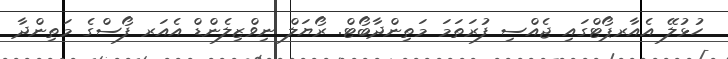
ހުޅުލޭ އެއާރޕޯޓްގައި ޖެއްސި ފުރަތަމަ މަތިންދާބޯޓް. ރޯޔަލް ނިވްޒިލެންޑް އެއަރ ފޯސްގެ މަތިންދާ